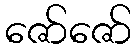
ဇော်ဇော်